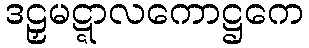
ဒဠှမဋ္ဋာလကောဋ္ဌကေ